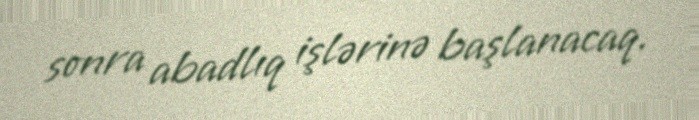
sonra abadlıq işlərinə başlanacaq.